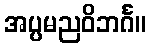
အပ္ပမညဝိဘင်္ဂ။